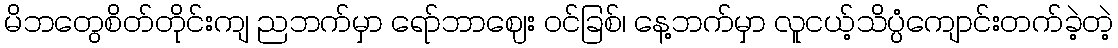
မိဘတွေစိတ်တိုင်းကျ ညဘက်မှာ ရော်ဘာဈေး ဝင်ခြစ်၊ နေ့ဘက်မှာ လူငယ့်သိပ္ပံကျောင်းတက်ခဲ့တဲ့